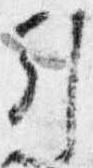
引